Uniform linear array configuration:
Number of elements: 24
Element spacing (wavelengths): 0.75
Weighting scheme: binomial
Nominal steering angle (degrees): -45
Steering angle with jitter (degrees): -46.636
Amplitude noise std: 0.05
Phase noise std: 0.05

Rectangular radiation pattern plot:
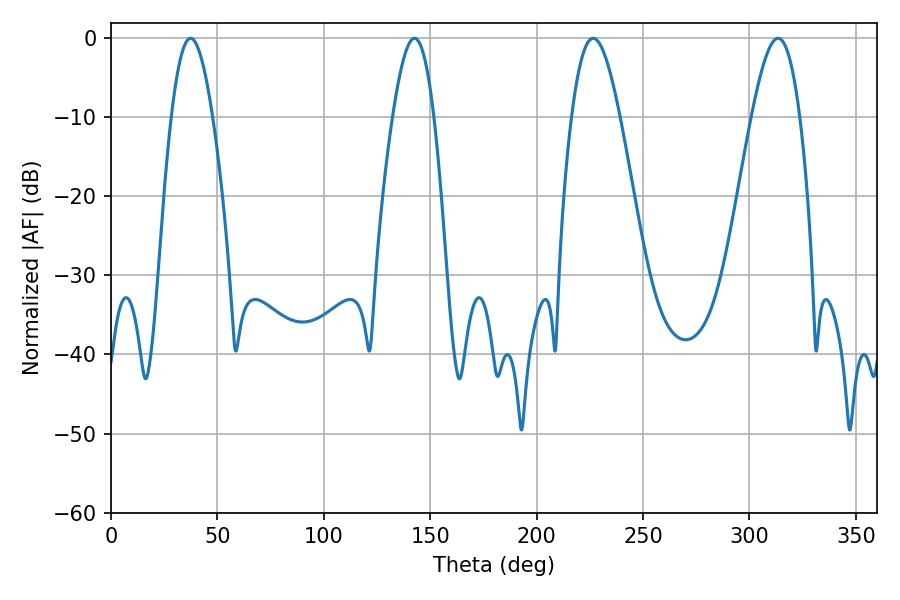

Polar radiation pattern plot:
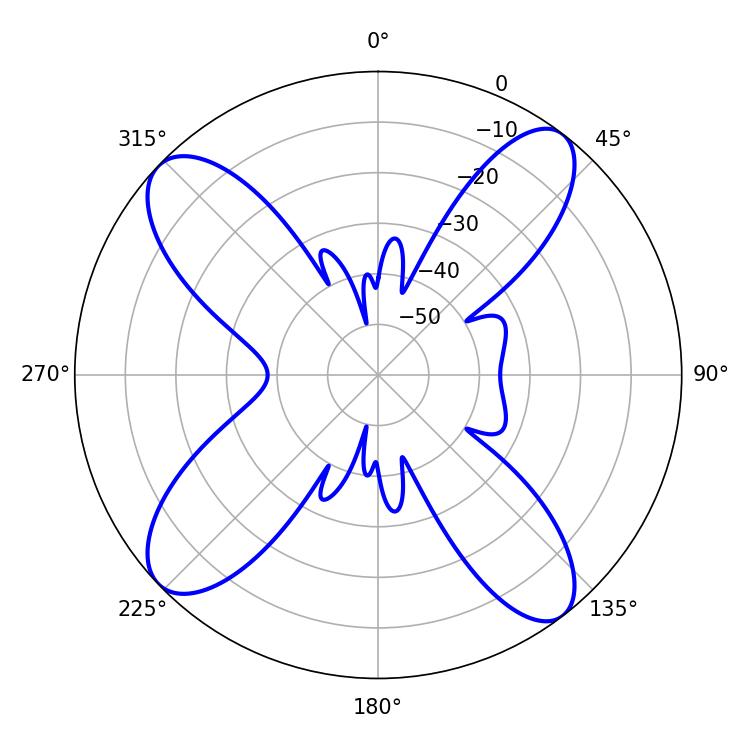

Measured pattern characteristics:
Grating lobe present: TRUE
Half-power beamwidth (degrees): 10.44
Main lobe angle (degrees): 37.44